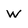
Character: w